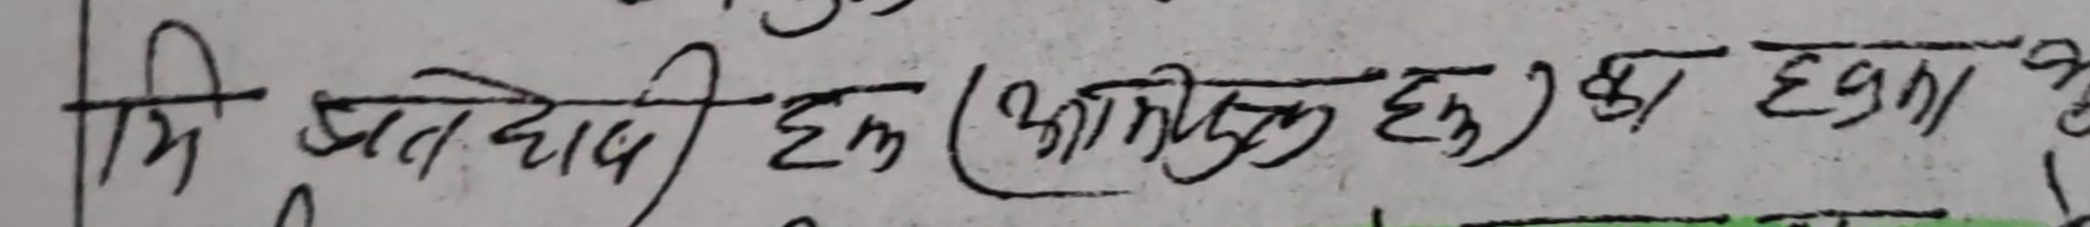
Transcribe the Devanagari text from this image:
मि प्रतिवादी हुक (आंशिक हुक) का छना ?